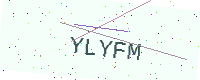
Text: YLYFM